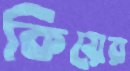
কিয়ের